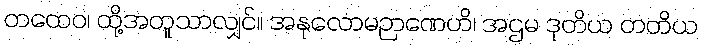
တထေဝ၊ ထို့အတူသာလျှင်။ အနုလောမဉာဏေဟိ၊ အဌမ ဒုတိယ တတိယ